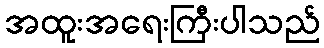
အထူးအရေးကြီးပါသည်